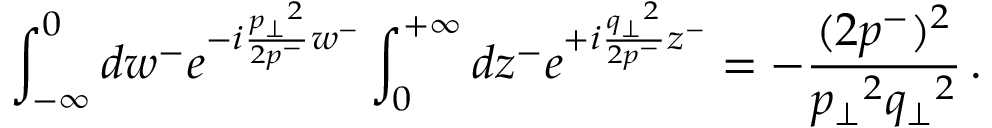
\int _ { - \infty } ^ { 0 } d w ^ { - } e ^ { - i \frac { { p _ { \perp } } ^ { 2 } } { 2 p ^ { - } } w ^ { - } } \int _ { 0 } ^ { + \infty } d z ^ { - } e ^ { + i \frac { { q _ { \perp } } ^ { 2 } } { 2 p ^ { - } } z ^ { - } } = - \frac { ( 2 p ^ { - } ) ^ { 2 } } { { p _ { \perp } } ^ { 2 } { q _ { \perp } } ^ { 2 } } \, .